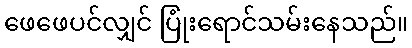
ဖေဖေပင်လျှင် ပြုံးရောင်သမ်းနေသည်။